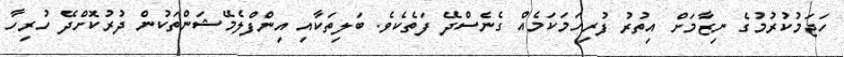
ހަޖަމުކުރުމުގެ ނިޒާމަށް އިތުރު ފުރިހަމަކަމެއް ގެނެސްދޭ ފަތެކެވެ. ބަލިތަކާއި އިންްފްލެމޭޝަންތަކުން ދުރުކޮށްދޭ ހުރިހާ